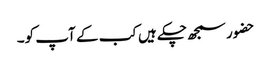
حضور سمجھ چکے ہیں کب کے آپ کو۔